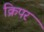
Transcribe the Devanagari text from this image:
क्रिपर